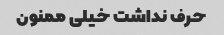
حرف نداشت خیلی ممنون